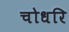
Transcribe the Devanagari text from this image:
चोधरि